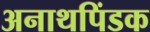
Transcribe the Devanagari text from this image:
अनाथपिंडक